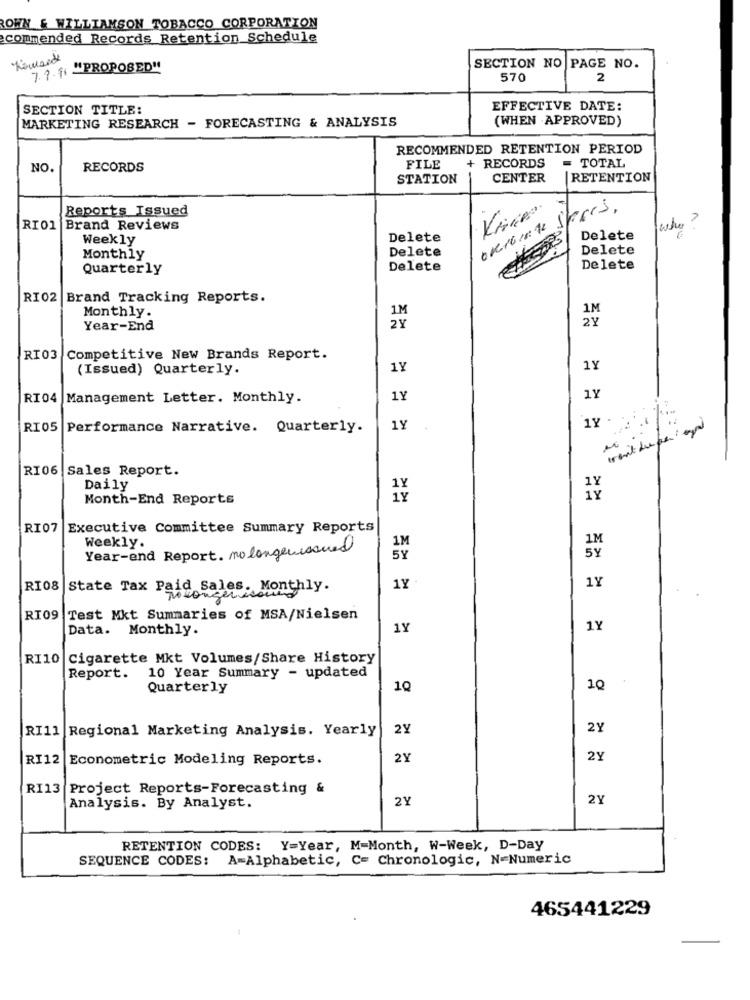
ROWN & WILLIAMSON TOBACCO CORPORATION
commended Records Retention Schedule
7. 7 . 11 "PROPOSED"
SECTION NO PAGE NO.
570
2
SECTION TITLE:
EFFECTIVE DATE:
MARKETING RESEARCH - FORECASTING & ANALYSIS
(WHEN APPROVED)
RECOMMENDED RETENTION PERIOD
- TOTAL
NO
RECORDS
FILE
+ RECORDS
STATION
CENTER
RETENTION
Reports Issued
overGente speers,
RIO1
Brand Reviews
who ?
Weekly
Delete
Delete
Delete
Delete
Monthly
Quarterly
Delete
Delete
RI02 Brand Tracking Reports.
Monthly.
1M
2Y
Year-End
2X
RI03
Competitive New Brands Report.
(Issued) Quarterly.
1Y
1Y
RI04 Management Letter. Monthly.
1Y
1Y
1Y . .. '
RI05 Performance Narrative. Quarterly.
1Y
RI06 Sales Report.
Daily
Month-End Reports
RI07
Executive Committee Summary Reports
1M
Weekly.
Year-end Report. nolongerissued
5Y
RI08 |State Tax Paid Sales. Monthly.
1Y
1Y
Motorgenico
RI09 Test Mkt Summaries of MSA/Nielsen
Data. Monthly.
1Y
1Y
RI10 Cigarette Mkt Volumes/Share History
Report.
10 Year Summary - updated
Quarterly
1Q
10
RI11 Regional Marketing Analysis. Yearly
2Y
2Y
RI12
Econometric Modeling Reports.
2Y
2Y
RI13 Project Reports-Forecasting &
2Y
2Y
Analysis. By Analyst.
RETENTION CODES: Y=Year, M=Month, W-Week, D-Day
SEQUENCE CODES: A=Alphabetic, C= Chronologic, N=Numeric
465441229